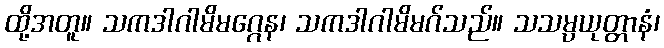
ထို့အတူ။ သကဒါဂါမိမဂ္ဂေန၊ သကဒါဂါမိမဂ်သည်။ သသမ္ပယုတ္တာနံ၊